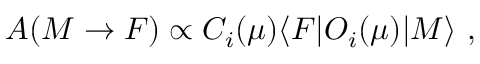
A ( M \rightarrow F ) \propto C _ { i } ( \mu ) \langle F | O _ { i } ( \mu ) | M \rangle \ ,